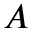
A